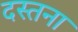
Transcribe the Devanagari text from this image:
दस्तना